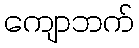
ကျောဘက်